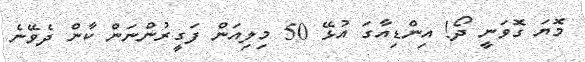
މޮޔަ ގޮވަނީ ދޯ! އިންޑިއާގަ އުޅޭ 50 މިލިއަން ފަގީރުންނަން ކާން ދެވޭނެ